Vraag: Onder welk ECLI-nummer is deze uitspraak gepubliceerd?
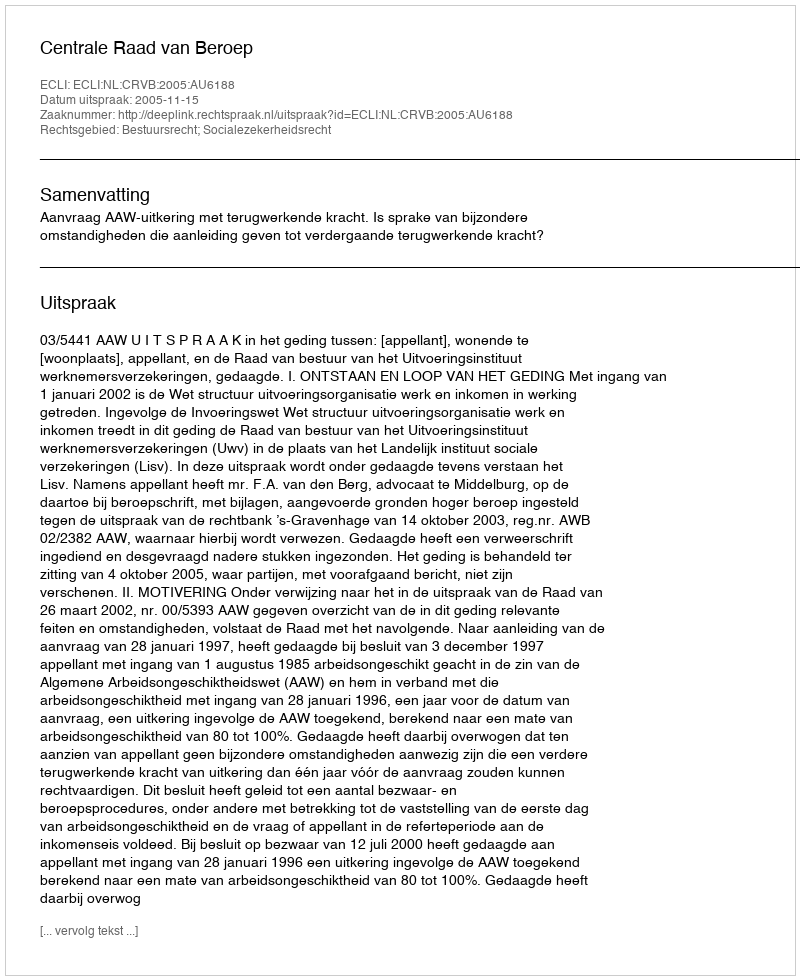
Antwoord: ECLI:NL:CRVB:2005:AU6188